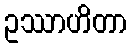
ဥဿာဟိတာ